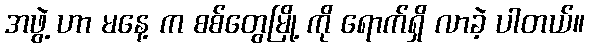
အဖွဲ့ ဟာ မနေ့ က စစ်တွေမြို့ ကို ရောက်ရှိ လာခဲ့ ပါတယ်။